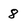
Character: 8